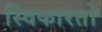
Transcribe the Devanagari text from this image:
स्विकारतो